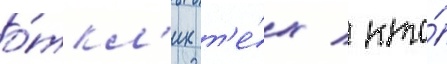
о́ткл'ик т'е́х / кто́